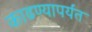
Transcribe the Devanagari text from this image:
काढण्यापर्यंत